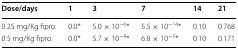
| Dose/days | 1 | 3 | 7 | 14 | 21 |
 | --- | --- | --- | --- | --- | --- |
 | 0.25 mg/Kg fipro. | 0.0* | 5.0 × 10−6* | 5.5 × 10−14* | 0.10 | 0.768 |
 | 0.5 mg/Kg fipro. | 0.0* | 5.7 × 10−8* | 6.8 × 10−5* | 0.10 | 0.171 |